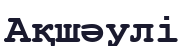
Ақшәулі